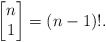
\begin{align*}\left [ \begin{matrix}n\\ 1\end{matrix}\right]=(n-1)!.\end{align*}